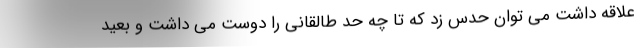
علاقه داشت می توان حدس زد که تا چه حد طالقانی را دوست می داشت و بعید